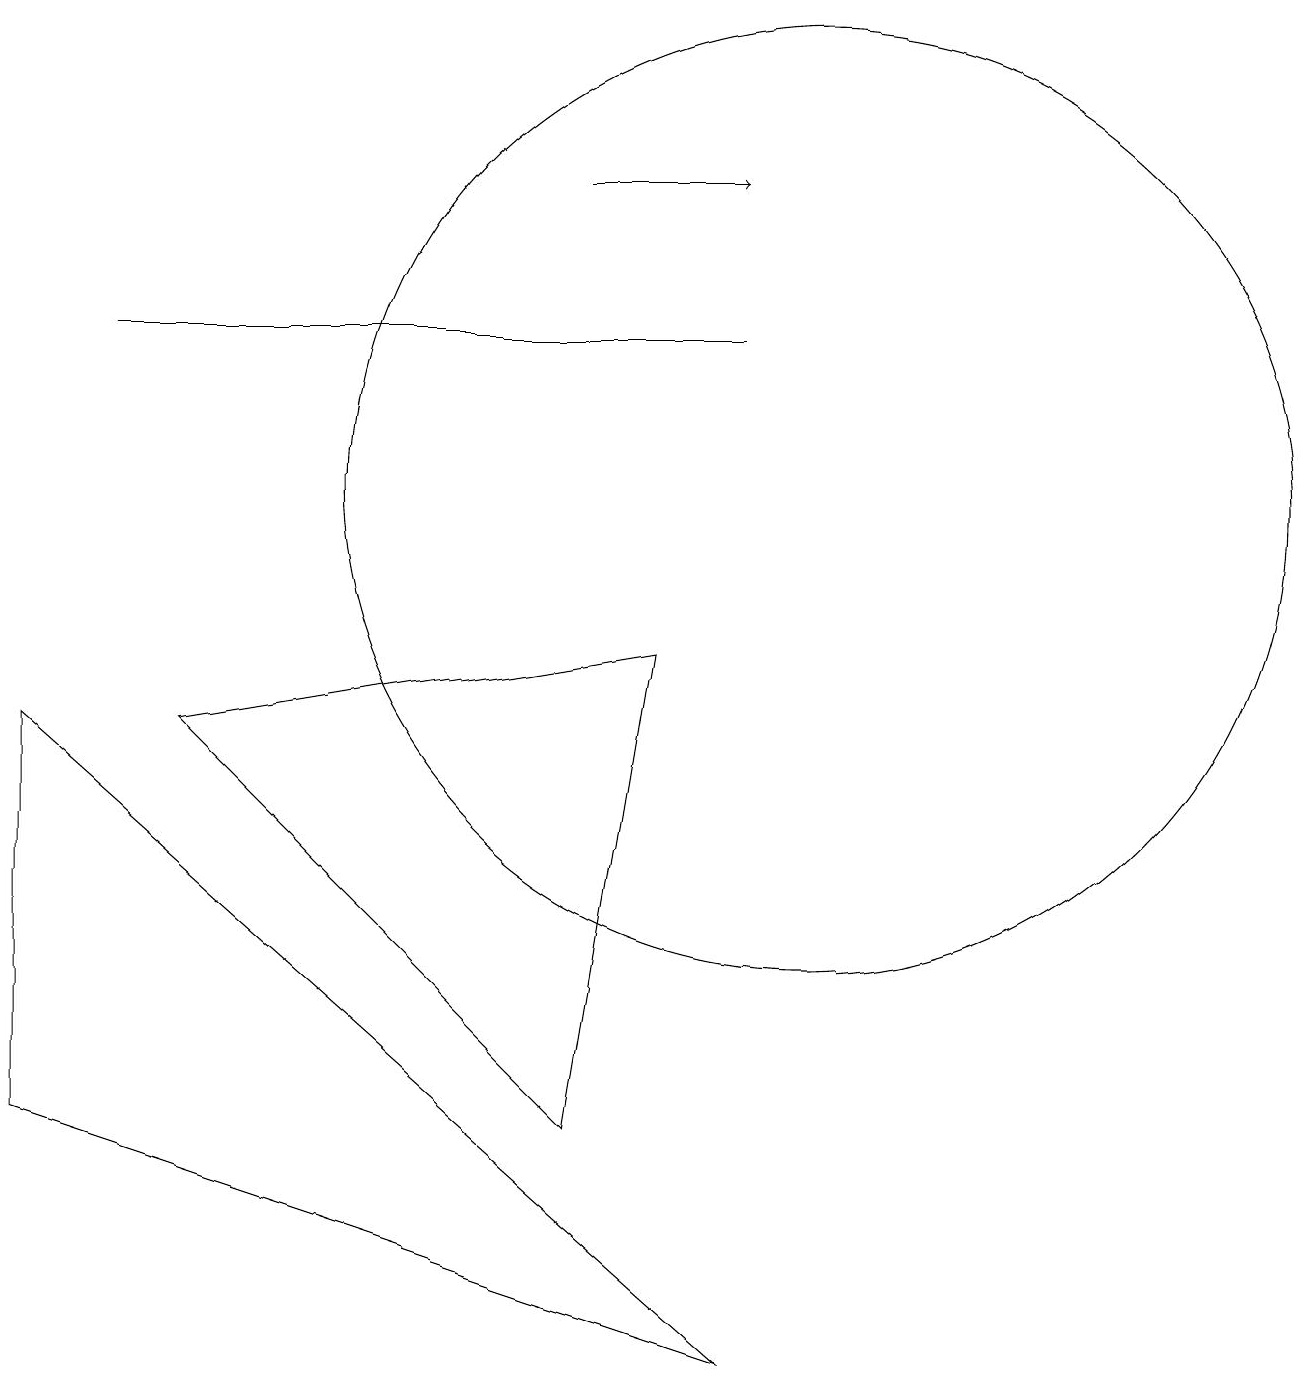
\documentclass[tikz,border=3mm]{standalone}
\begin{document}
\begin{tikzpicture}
\draw (9,0) -- (0,3) -- (0,8) -- cycle;
\draw (1,13) rectangle (9,13);
\draw (10,11) circle (6);
\draw (2,8) -- (8,9) -- (7,3) -- cycle;
\draw[->] (7,15) -- (9,15);
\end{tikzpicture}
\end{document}